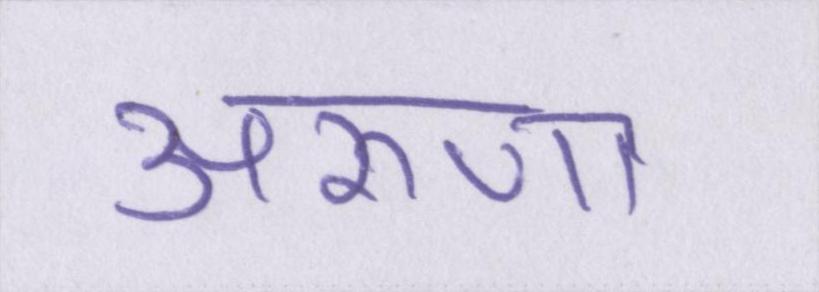
अरूणा